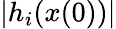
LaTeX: |h_{i}(x(0))|